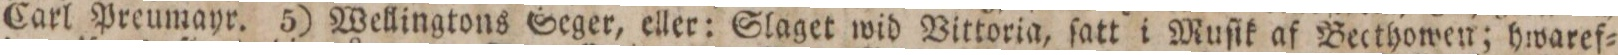
Carl Preumayr. 5) Wellingtons Seger, eller: Slaget wid Vittoria, ſatt i Muſik af Becthowen; hwaref=